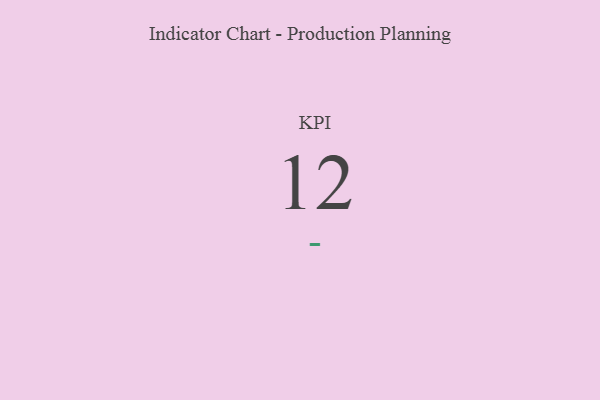
{"axis": {"x": "KPI", "y": "Value"}, "legend": [""], "data": [{"x": "KPI", "y": 12, "type": ""}]}